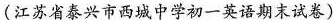
(江苏省泰兴市西城中学初一英语期末试卷)